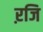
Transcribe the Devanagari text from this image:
ऱजि